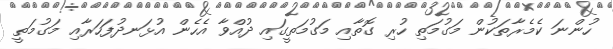
ހުންނަ ކެމެރާތަކުން މަގުމަތި ހުރި ގޮތާއި މަގުމަތީގައި ދުއްވާ އެހެން އުޅަނދުފަހަރާއި މަގުމަތީ